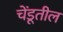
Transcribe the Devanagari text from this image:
चेंडूतील